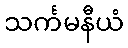
သင်္ကမနီယံ